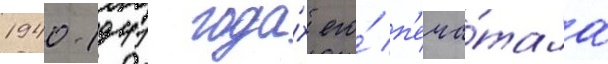
1940-1941 года́х его́ п'еча́тала